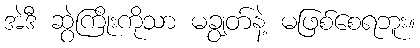
အဲဒီ ဆွဲကြိုးကိုသာ မချွတ်နဲ့ မဖြစ်စေရဘူး။